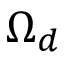
\Omega _ { d }